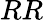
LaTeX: RR